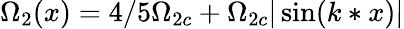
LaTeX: \Omega_{2}(x)=4/5\Omega_{2c}+\Omega_{2c}|\sin(k*x)|